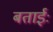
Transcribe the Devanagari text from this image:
बताईः